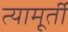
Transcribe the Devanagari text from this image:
त्यामूर्ती